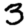
Digit: 3